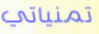
تمنياتي